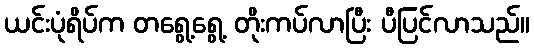
ယင်းပုံရိပ်က တရွေ့ရွေ့ တိုးကပ်လာပြီး ပီပြင်လာသည်။